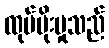
ထုပ်ပိုးမှုသည်